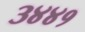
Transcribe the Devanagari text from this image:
३४४१